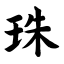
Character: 珠